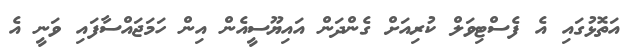
އަތޮޅުގައި އެ ފެސްޓިވަލް ކުރިއަށް ގެންދަން އައިޔޫސީއެން އިން ހަމަޖައްސާފައި ވަނީ އެ